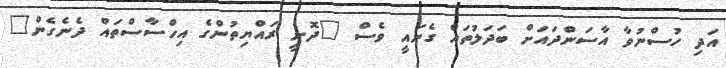
އަދި ހުސްނުވާ އާސަންދައަށް ބަދަލުތައް ގެނައީ ވެސް "ދޮށީ ރައްޔިތުންގެ އިހްސާސްތައް ދެނެގެން"